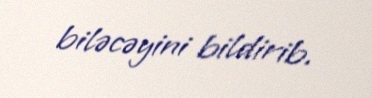
biləcəyini bildirib.